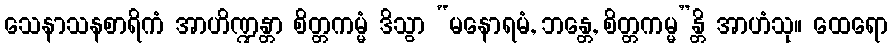
သေနာသနစာရိကံ အာဟိဏ္ဍန္တာ စိတ္တကမ္မံ ဒိသွာ “မနောရမံ, ဘန္တေ, စိတ္တကမ္မ”န္တိ အာဟံသု။ ထေရော